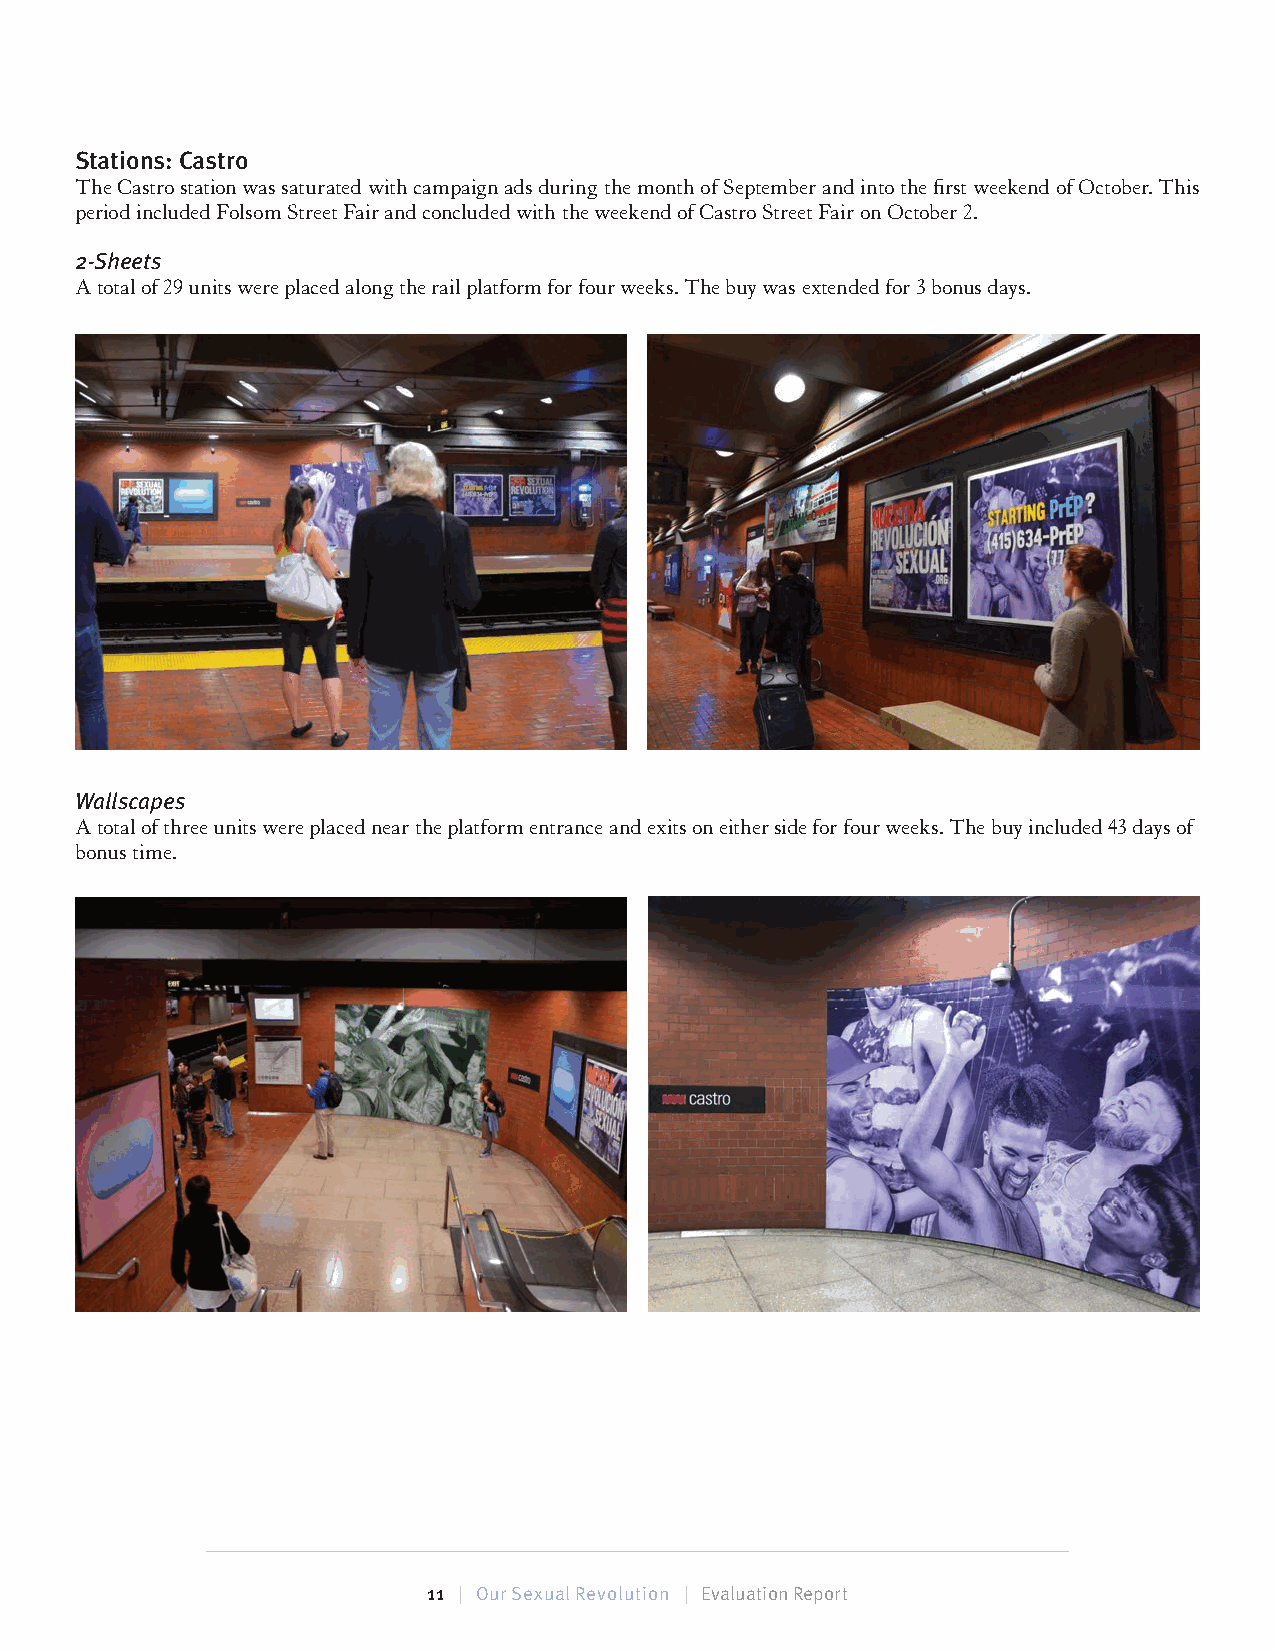
Stations: Castro
 The Castro station was saturated with campaign ads during the month of September and into the first weekend of October. This
 period included Folsom Street Fair and concluded with the weekend of Castro Street Fair on October 2.
 2-Sheets
 A total of 29 units were placed along the rail platform for four weeks. The buy was extended for 3 bonus days.
 Wallscapes
 A total of three units were placed near the platform entrance and exits on either side for four weeks. The buy included 43 days of
 bonus time.
 11 | Our Sexual Revolution | Evaluation Report